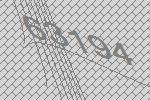
63194